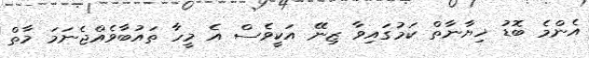
އެންމެ ބޮޑު ޚިޔާނާތް ކަމުގައިވާ ޒިނޭ އަކީވެސް އެ މީހާ ތައުބާވެއްޖެނަމަ މާތް